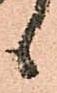
ヽ